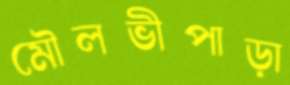
মৌলভীপাড়া